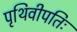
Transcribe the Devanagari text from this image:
पृथिवीपतिः